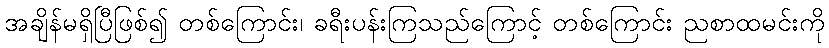
အချိန်မရှိပြီဖြစ်၍ တစ်ကြောင်း၊ ခရီးပန်းကြသည်ကြောင့် တစ်ကြောင်း ညစာထမင်းကို